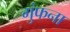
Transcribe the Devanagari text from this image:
गुंफना